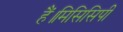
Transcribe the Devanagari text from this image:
हैं।मिसिसिपी